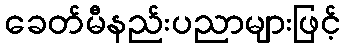
ခေတ်မီနည်းပညာများဖြင့်